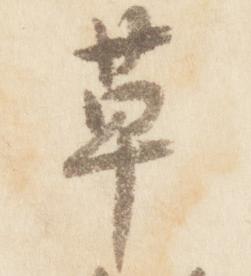
草